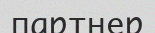
партнер